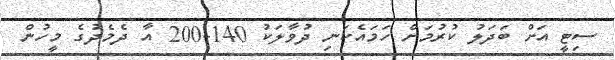
ސިޓީ އަށް ބަދަލު ކުރުމަށް ހަމައެކަނި ދުވާލަކު 140-200 އާ ދެމެދުގެ މީހުން